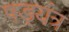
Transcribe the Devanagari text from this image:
षड़्यंत्र